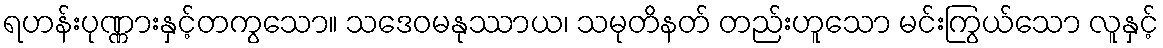
ရဟန်းပုဏ္ဏားနှင့်တကွသော။ သဒေဝမနုဿာယ၊ သမုတိနတ် တည်းဟူသော မင်းကြွယ်သော လူနှင့်